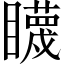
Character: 䁾